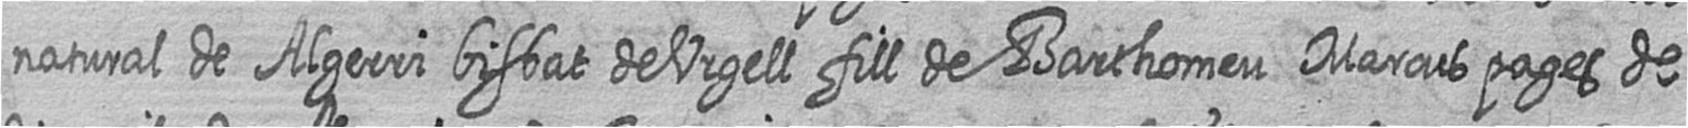
natural de Algerri bisbat de Urgell fill de Barthomeu Marcus pages de